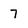
Character: 7